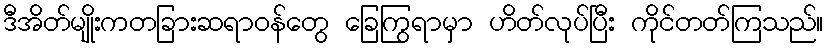
ဒီအိတ်မျိုးကတခြားဆရာဝန်တွေ ခြေကြွရာမှာ ဟိတ်လုပ်ပြီး ကိုင်တတ်ကြသည်။